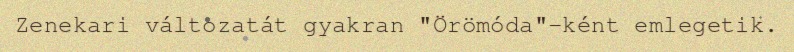
Zenekari változatát gyakran "Örömóda"-ként emlegetik.